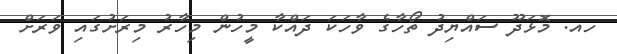
ހއ. މޮޅަދޫ ސައްޔިދު ތޯހާގެ ވާހަކަ ދައްކާ މީހުން މިހާރު މިރަށުގައި ވަރަށް